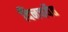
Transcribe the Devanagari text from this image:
दिनचर्येत